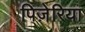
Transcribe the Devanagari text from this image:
पिज़ेरिया